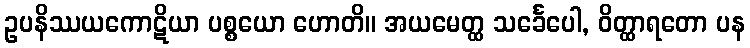
ဥပနိဿယကောဋိယာ ပစ္စယော ဟောတိ။ အယမေတ္ထ သင်္ခေပေါ, ဝိတ္ထာရတော ပန